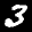
Label: 3